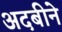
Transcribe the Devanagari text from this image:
अदबीने